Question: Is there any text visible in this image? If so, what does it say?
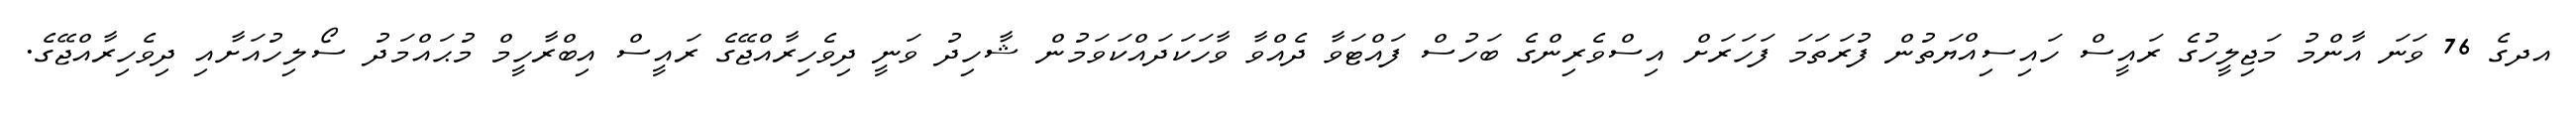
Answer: އދގެ 76 ވަނަ އާންމު މަޖިލީހުގެ ރައީސް ހައިސިއްޔަތުން ފުރަތަމަ ފަހަރަށް އިސްވެރިންގެ ބަހުސް ފައްޓަވާ ދެއްވާ ވާހަކަދައްކަވަމުން ޝާހިދު ވަނީ ދިވެހިރާއްޖޭގެ ރައީސް އިބްރާހީމް މުޙައްމަދު ސޯލިހުއަށާއި ދިވެހިރާއްޖޭގެ.